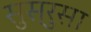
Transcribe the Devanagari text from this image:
सुस्रुसा